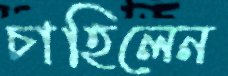
চাহিলেন